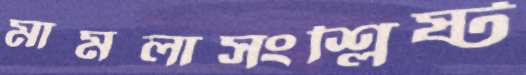
মামলাসংশ্লিষ্ট